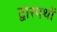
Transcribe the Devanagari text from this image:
द्वारपथों